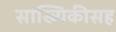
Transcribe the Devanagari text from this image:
सांख्यिकीसह